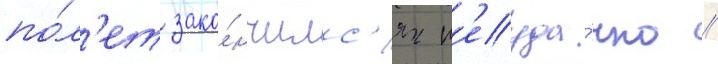
по́л'ет зако́нчилс'я н'еуда́чно //